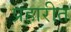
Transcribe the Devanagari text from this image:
प्रहारीत